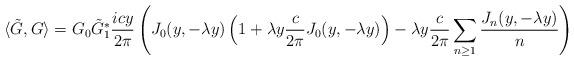
LaTeX: \begin{align*}\langle \tilde{G},G \rangle&=G_0\tilde{G}_1^\ast \frac{ic y}{2\pi} \left ( J_0(y,-\lambda y)\left (1+\lambda y\dfrac{c}{2\pi}J_0(y,-\lambda y)\right )-\lambda y\frac{c}{2\pi} \sum_{n\geq 1} \dfrac{J_n(y,-\lambda y)}{n}\right )\end{align*}